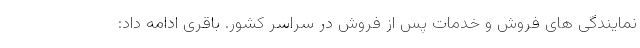
نمایندگی های فروش و خدمات پس از فروش در سراسر کشور. باقری ادامه داد: